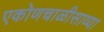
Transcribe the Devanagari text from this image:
एकोणचाळीसाव्या